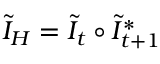
\tilde { I } _ { H } = \tilde { I } _ { t } \circ \tilde { I } _ { t + 1 } ^ { * }